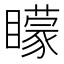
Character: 矇